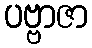
ပဗ္ဗာဇာ